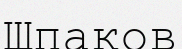
Шпаков